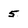
Character: 5